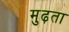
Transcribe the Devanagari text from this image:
मुढ़ता